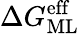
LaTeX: \Delta G_{\mathrm{ML}}^{\mathrm{eff}}